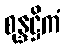
စုန္ဒဋ္ဌိကံ